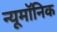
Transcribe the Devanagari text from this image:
न्यूमॉनिक